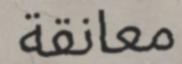
معانقة